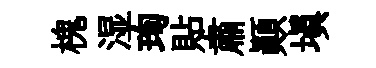
槐湿珣貼肅顚填